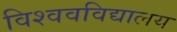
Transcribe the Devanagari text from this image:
विश्ववविद्यालय